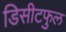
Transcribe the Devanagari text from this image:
डिसीटफुल